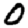
Digit: 0